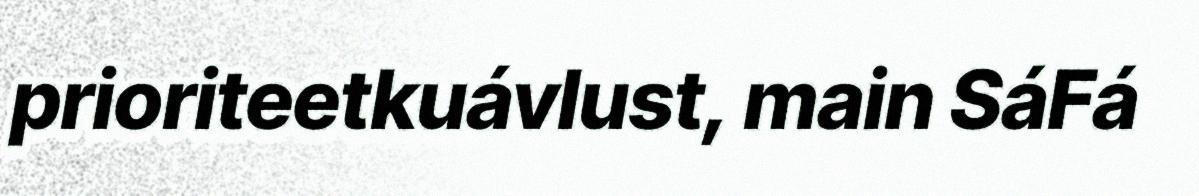
prioriteetkuávlust, main SáFá